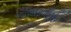
ચોળાફળીએ